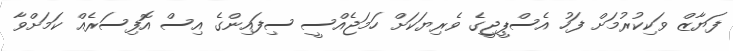
ފަޔާޒް ވަކިކުރުމަށް ފަހު އެސްޕީޖީގެ ވެރިޔަކަށް ހަމަޖެއްސީ ސިފައިންގެ އިސް އޮފިސަރެއް ކަމަށްވާ